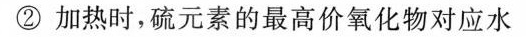
②加热时，硫元素的最高价氧化物对应水